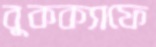
বুকক্যাফে